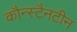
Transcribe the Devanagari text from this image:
कौन्स्टैनटीन